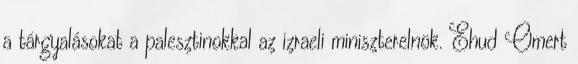
a tárgyalásokat a palesztinokkal az izraeli miniszterelnök. Ehud Omert